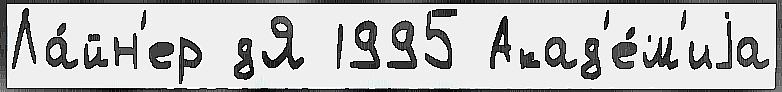
Ла́йн'ер дЯ 1995 Акад'е́м'иjа